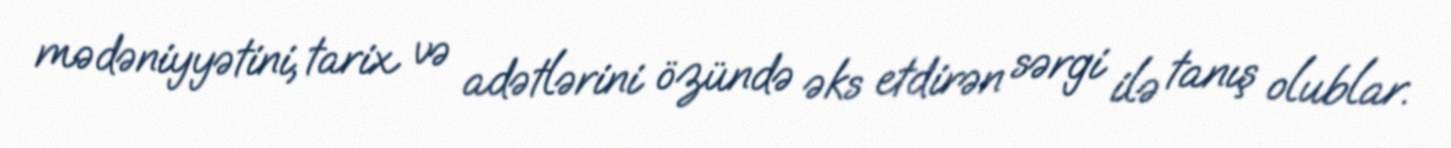
mədəniyyətini, tarix və adətlərini özündə əks etdirən sərgi ilə tanış olublar.